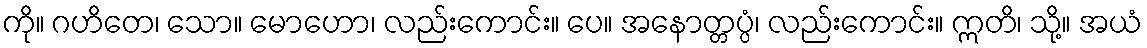
ကို။ ဂဟိတေ၊ သော။ မောဟော၊ လည်းကောင်း။ ပေ။ အနောတ္တပ္ပံ၊ လည်းကောင်း။ ဣတိ၊ သို့။ အယံ